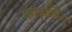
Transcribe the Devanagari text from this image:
फाउन्डिंग